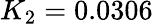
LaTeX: K_{2}=0.0306